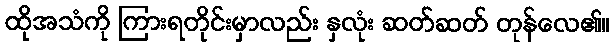
ထိုအသံကို ကြားရတိုင်းမှာလည်း နှလုံး ဆတ်ဆတ် တုန်လေ၏။